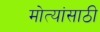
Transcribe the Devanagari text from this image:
मोत्यांसाठी